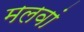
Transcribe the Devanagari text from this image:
मलवां